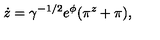
\dot { z } = \gamma ^ { - 1 / 2 } e ^ { \phi } ( \pi ^ { z } + \pi ) ,